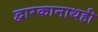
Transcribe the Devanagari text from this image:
द्वारकानाथही